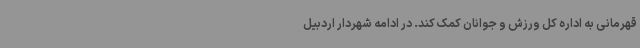
قهرمانی به اداره کل ورزش و جوانان کمک کند. در ادامه شهردار اردبیل